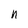
Character: n